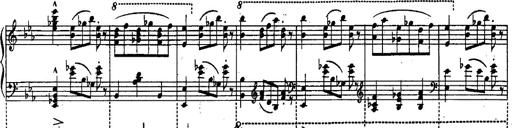
Title: Schubert's Impromptus [revised and edited by Franz Liszt]
Composer: Franz Liszt